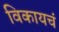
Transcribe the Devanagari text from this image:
विकायचं